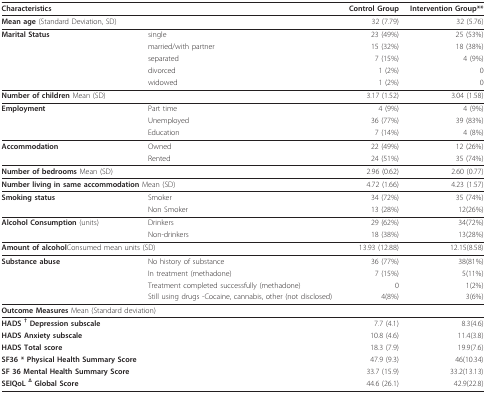
| <COLSPAN=2> Characteristics | Control Group | Intervention Group** |
 | --- | --- | --- | --- |
 | Mean age (Standard Deviation, SD) |  | 32 (7.79) | 32 (5.76) |
 | Marital Status | single | 23 (49%) | 25 (53%) |
 |  | married/with partner | 15 (32%) | 18 (38%) |
 |  | separated | 7 (15%) | 4 (9%) |
 |  | divorced | 1 (2%) | 0 |
 |  | widowed | 1 (2%) | 0 |
 | Number of children Mean (SD) |  | 3.17 (1.52) | 3.04 (1.58) |
 | Employment | Part time | 4 (9%) | 4 (9%) |
 |  | Unemployed | 36 (77%) | 39 (83%) |
 |  | Education | 7 (14%) | 4 (8%) |
 | Accommodation | Owned | 22 (49%) | 12 (26%) |
 |  | Rented | 24 (51%) | 35 (74%) |
 | Number of bedrooms Mean (SD) |  | 2.96 (0.62) | 2.60 (0.77) |
 | <COLSPAN=2> Number living in same accommodation Mean (SD) | 4.72 (1.66) | 4.23 (1.57) |
 | Smoking status | Smoker | 34 (72%) | 35 (74%) |
 |  | Non Smoker | 13 (28%) | 12(26%) |
 | Alcohol Consumption (units) | Drinkers | 29 (62%) | 34(72%) |
 |  | Non-drinkers | 18 (38%) | 13(28%) |
 | <COLSPAN=2> Amount of alcoholConsumed mean units (SD) | 13.93 (12.88) | 12.15(8.58) |
 | Substance abuse | No history of substance | 36 (77%) | 38(81%) |
 |  | In treatment (methadone) | 7 (15%) | 5(11%) |
 |  | Treatment completed successfully (methadone) | 0 | 1(2%) |
 |  | Still using drugs -Cocaine, cannabis, other (not disclosed) | 4(8%) | 3(6%) |
 | <COLSPAN=2> Outcome Measures Mean (Standard deviation) |  |  |
 | HADS † Depression subscale |  | 7.7 (4.1) | 8.3(4.6) |
 | HADS Anxiety subscale |  | 10.8 (4.6) | 11.4(3.8) |
 | HADS Total score |  | 18.3 (7.9) | 19.9(7.6) |
 | SF36 * Physical Health Summary Score |  | 47.9 (9.3) | 46(10.34) |
 | SF 36 Mental Health Summary Score |  | 33.7 (15.9) | 33.2(13.13) |
 | SEIQoL Δ Global Score |  | 44.6 (26.1) | 42.9(22.8) |